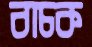
বাচক